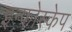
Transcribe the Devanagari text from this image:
इन्फोस्केप